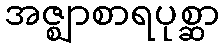
အဇ္ဈာစာရပုစ္ဆာ